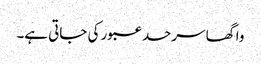
واگھا سرحد عبور کی جاتی ہے۔